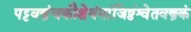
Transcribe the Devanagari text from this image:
पट्टवस्त्रंचकौशेयंमांजिष्ठंश्वेतवस्त्रकं